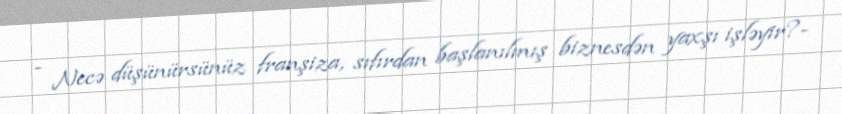
- Necə düşünürsünüz franşiza, sıfırdan başlanılmış biznesdən yaxşı işləyir?-